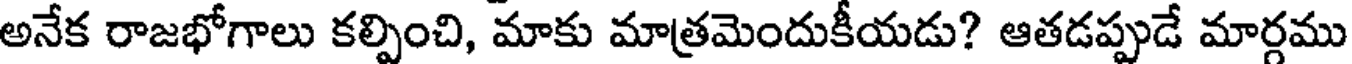
అనేక రాజభోగాలు కల్పించి, మాకు మాత్రమెందుకీయడు? ఆతడప్పుడే మార్గము